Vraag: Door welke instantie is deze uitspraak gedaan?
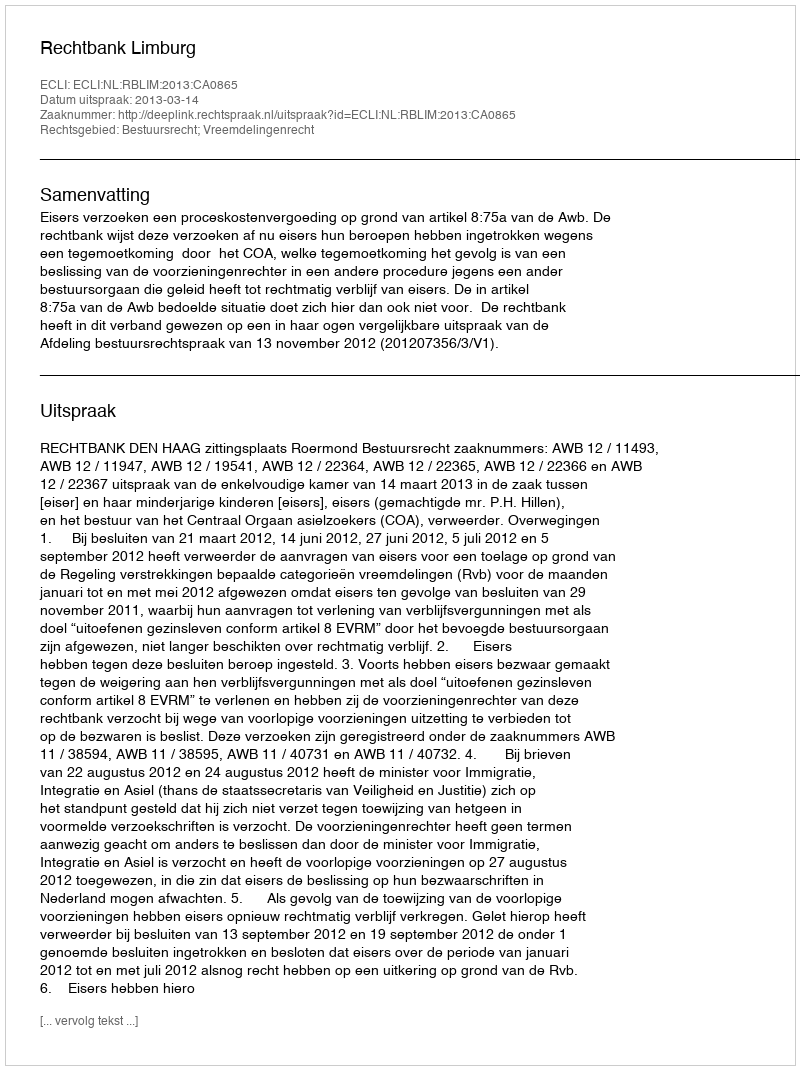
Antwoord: Rechtbank Limburg